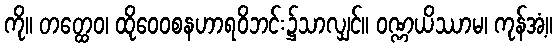
ကို။ တတ္ထေဝ၊ ထိုဝေဝစနဟာရဝိဘင်း၌သာလျှင်။ ဝဏ္ဏယိဿာမ၊ ကုန်အံ့။